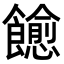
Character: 𬲠